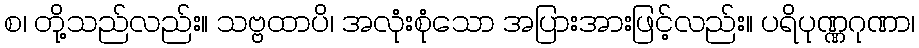
စ၊ တို့သည်လည်း။ သဗ္ဗထာပိ၊ အလုံးစုံသော အပြားအားဖြင့်လည်း။ ပရိပုဏ္ဏဂုဏာ၊